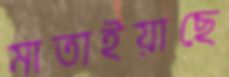
মাতাইয়াছে